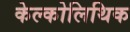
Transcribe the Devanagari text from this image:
केल्कोलिथिक